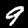
Label: 9